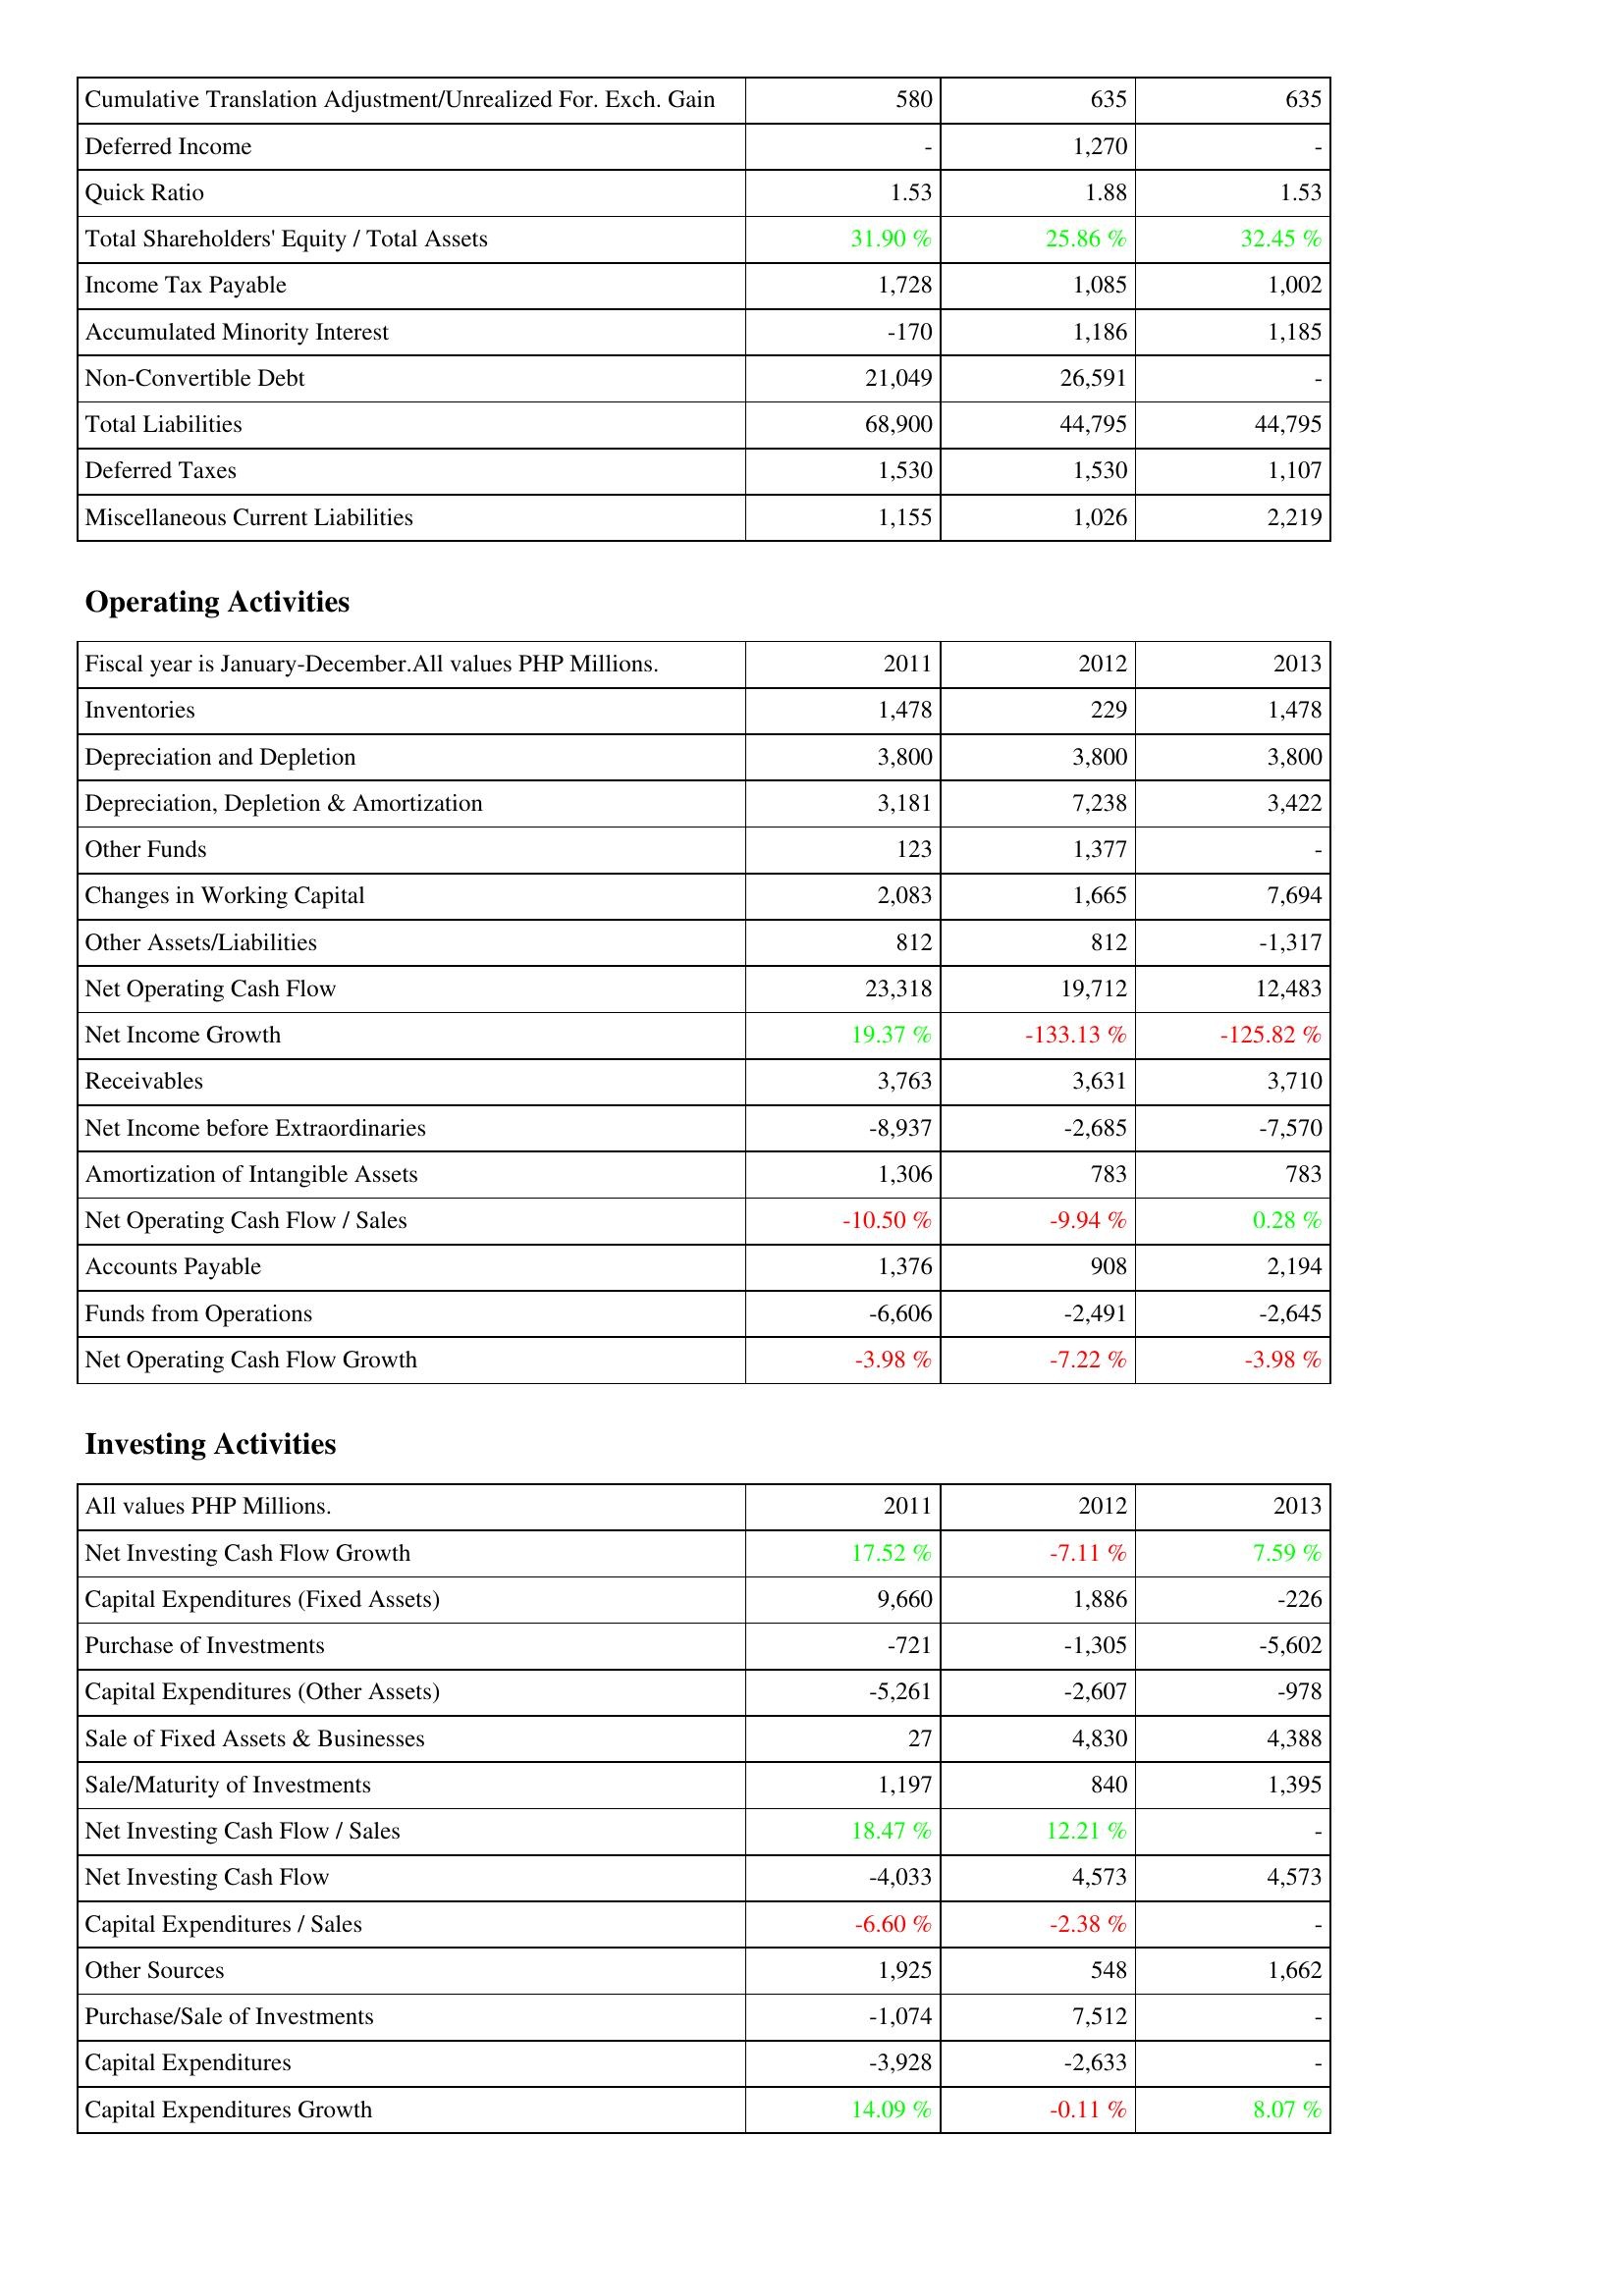
2011: Liabilities & Shareholders' Equity: Cumulative Translation Adjustment/Unrealized For. Exch. Gain: 580
Deferred Income: -
Quick Ratio: 1.53
Total Shareholders' Equity / Total Assets: 31.90 %
Income Tax Payable: 1,728
Accumulated Minority Interest: -170
Non-Convertible Debt: 21,049
Total Liabilities: 68,900
Deferred Taxes: 1,530
Miscellaneous Current Liabilities: 1,155
Operating Activities: Inventories: 1,478
Depreciation and Depletion: 3,800
Depreciation, Depletion & Amortization: 3,181
Other Funds: 123
Changes in Working Capital: 2,083
Other Assets/Liabilities: 812
Net Operating Cash Flow: 23,318
Net Income Growth: 19.37 %
Receivables: 3,763
Net Income before Extraordinaries: -8,937
Amortization of Intangible Assets: 1,306
Net Operating Cash Flow / Sales: -10.50 %
Accounts Payable: 1,376
Funds from Operations: -6,606
Net Operating Cash Flow Growth: -3.98 %
Investing Activities: Net Investing Cash Flow Growth: 17.52 %
Capital Expenditures (Fixed Assets): 9,660
Purchase of Investments: -721
Capital Expenditures (Other Assets): -5,261
Sale of Fixed Assets & Businesses: 27
Sale/Maturity of Investments: 1,197
Net Investing Cash Flow / Sales: 18.47 %
Net Investing Cash Flow: -4,033
Capital Expenditures / Sales: -6.60 %
Other Sources: 1,925
Purchase/Sale of Investments: -1,074
Capital Expenditures: -3,928
Capital Expenditures Growth: 14.09 %
2012: Liabilities & Shareholders' Equity: Cumulative Translation Adjustment/Unrealized For. Exch. Gain: 635
Deferred Income: 1,270
Quick Ratio: 1.88
Total Shareholders' Equity / Total Assets: 25.86 %
Income Tax Payable: 1,085
Accumulated Minority Interest: 1,186
Non-Convertible Debt: 26,591
Total Liabilities: 44,795
Deferred Taxes: 1,530
Miscellaneous Current Liabilities: 1,026
Operating Activities: Inventories: 229
Depreciation and Depletion: 3,800
Depreciation, Depletion & Amortization: 7,238
Other Funds: 1,377
Changes in Working Capital: 1,665
Other Assets/Liabilities: 812
Net Operating Cash Flow: 19,712
Net Income Growth: -133.13 %
Receivables: 3,631
Net Income before Extraordinaries: -2,685
Amortization of Intangible Assets: 783
Net Operating Cash Flow / Sales: -9.94 %
Accounts Payable: 908
Funds from Operations: -2,491
Net Operating Cash Flow Growth: -7.22 %
Investing Activities: Net Investing Cash Flow Growth: -7.11 %
Capital Expenditures (Fixed Assets): 1,886
Purchase of Investments: -1,305
Capital Expenditures (Other Assets): -2,607
Sale of Fixed Assets & Businesses: 4,830
Sale/Maturity of Investments: 840
Net Investing Cash Flow / Sales: 12.21 %
Net Investing Cash Flow: 4,573
Capital Expenditures / Sales: -2.38 %
Other Sources: 548
Purchase/Sale of Investments: 7,512
Capital Expenditures: -2,633
Capital Expenditures Growth: -0.11 %
2013: Liabilities & Shareholders' Equity: Cumulative Translation Adjustment/Unrealized For. Exch. Gain: 635
Deferred Income: -
Quick Ratio: 1.53
Total Shareholders' Equity / Total Assets: 32.45 %
Income Tax Payable: 1,002
Accumulated Minority Interest: 1,185
Non-Convertible Debt: -
Total Liabilities: 44,795
Deferred Taxes: 1,107
Miscellaneous Current Liabilities: 2,219
Operating Activities: Inventories: 1,478
Depreciation and Depletion: 3,800
Depreciation, Depletion & Amortization: 3,422
Other Funds: -
Changes in Working Capital: 7,694
Other Assets/Liabilities: -1,317
Net Operating Cash Flow: 12,483
Net Income Growth: -125.82 %
Receivables: 3,710
Net Income before Extraordinaries: -7,570
Amortization of Intangible Assets: 783
Net Operating Cash Flow / Sales: 0.28 %
Accounts Payable: 2,194
Funds from Operations: -2,645
Net Operating Cash Flow Growth: -3.98 %
Investing Activities: Net Investing Cash Flow Growth: 7.59 %
Capital Expenditures (Fixed Assets): -226
Purchase of Investments: -5,602
Capital Expenditures (Other Assets): -978
Sale of Fixed Assets & Businesses: 4,388
Sale/Maturity of Investments: 1,395
Net Investing Cash Flow / Sales: -
Net Investing Cash Flow: 4,573
Capital Expenditures / Sales: -
Other Sources: 1,662
Purchase/Sale of Investments: -
Capital Expenditures: -
Capital Expenditures Growth: 8.07 %